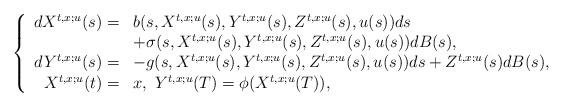
LaTeX: \begin{align*}\left\{\begin{array}[c]{rl}dX^{t,x;u}(s)= & b(s,X^{t,x;u}(s),Y^{t,x;u}(s),Z^{t,x;u}(s),u(s))ds\\&+\sigma(s,X^{t,x;u}(s),Y^{t,x;u}(s),Z^{t,x;u}(s),u(s))dB(s),\\dY^{t,x;u}(s)= & -g(s,X^{t,x;u}(s),Y^{t,x;u}(s),Z^{t,x;u}(s),u(s))ds+Z^{t,x;u}(s)dB(s),\\X^{t,x;u}(t)= & x,\ Y^{t,x;u}(T)=\phi(X^{t,x;u}(T)),\end{array}\right. \end{align*}